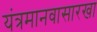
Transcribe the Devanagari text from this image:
यंत्रमानवासारखा